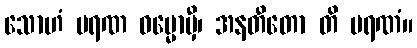
သောဟံ မရဏ ဓမ္မောမှီ၊ အနတီတော တိ မရဏံ။